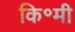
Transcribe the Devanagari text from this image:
कि॰मी